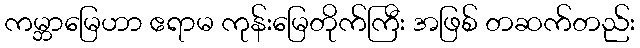
ကမ္ဘာမြေဟာ ဧရာမ ကုန်းမြေတိုက်ကြီး အဖြစ် တဆက်တည်း